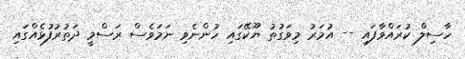
ހާސިލް ކުރައްވާފައި -- އުމަރު މިވަގުތު ޔޫކޭގައި ހުންނެވި ނަމަވެސް ރަސްމީ ދަތުރުފުޅެއްގައި